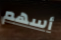
أسهم